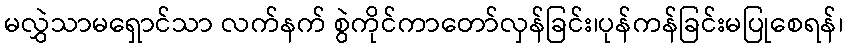
မလွှဲသာမရှောင်သာ လက်နက် စွဲကိုင်ကာတော်လှန်ခြင်း၊ပုန်ကန်ခြင်းမပြုစေရန်၊